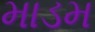
માડમ